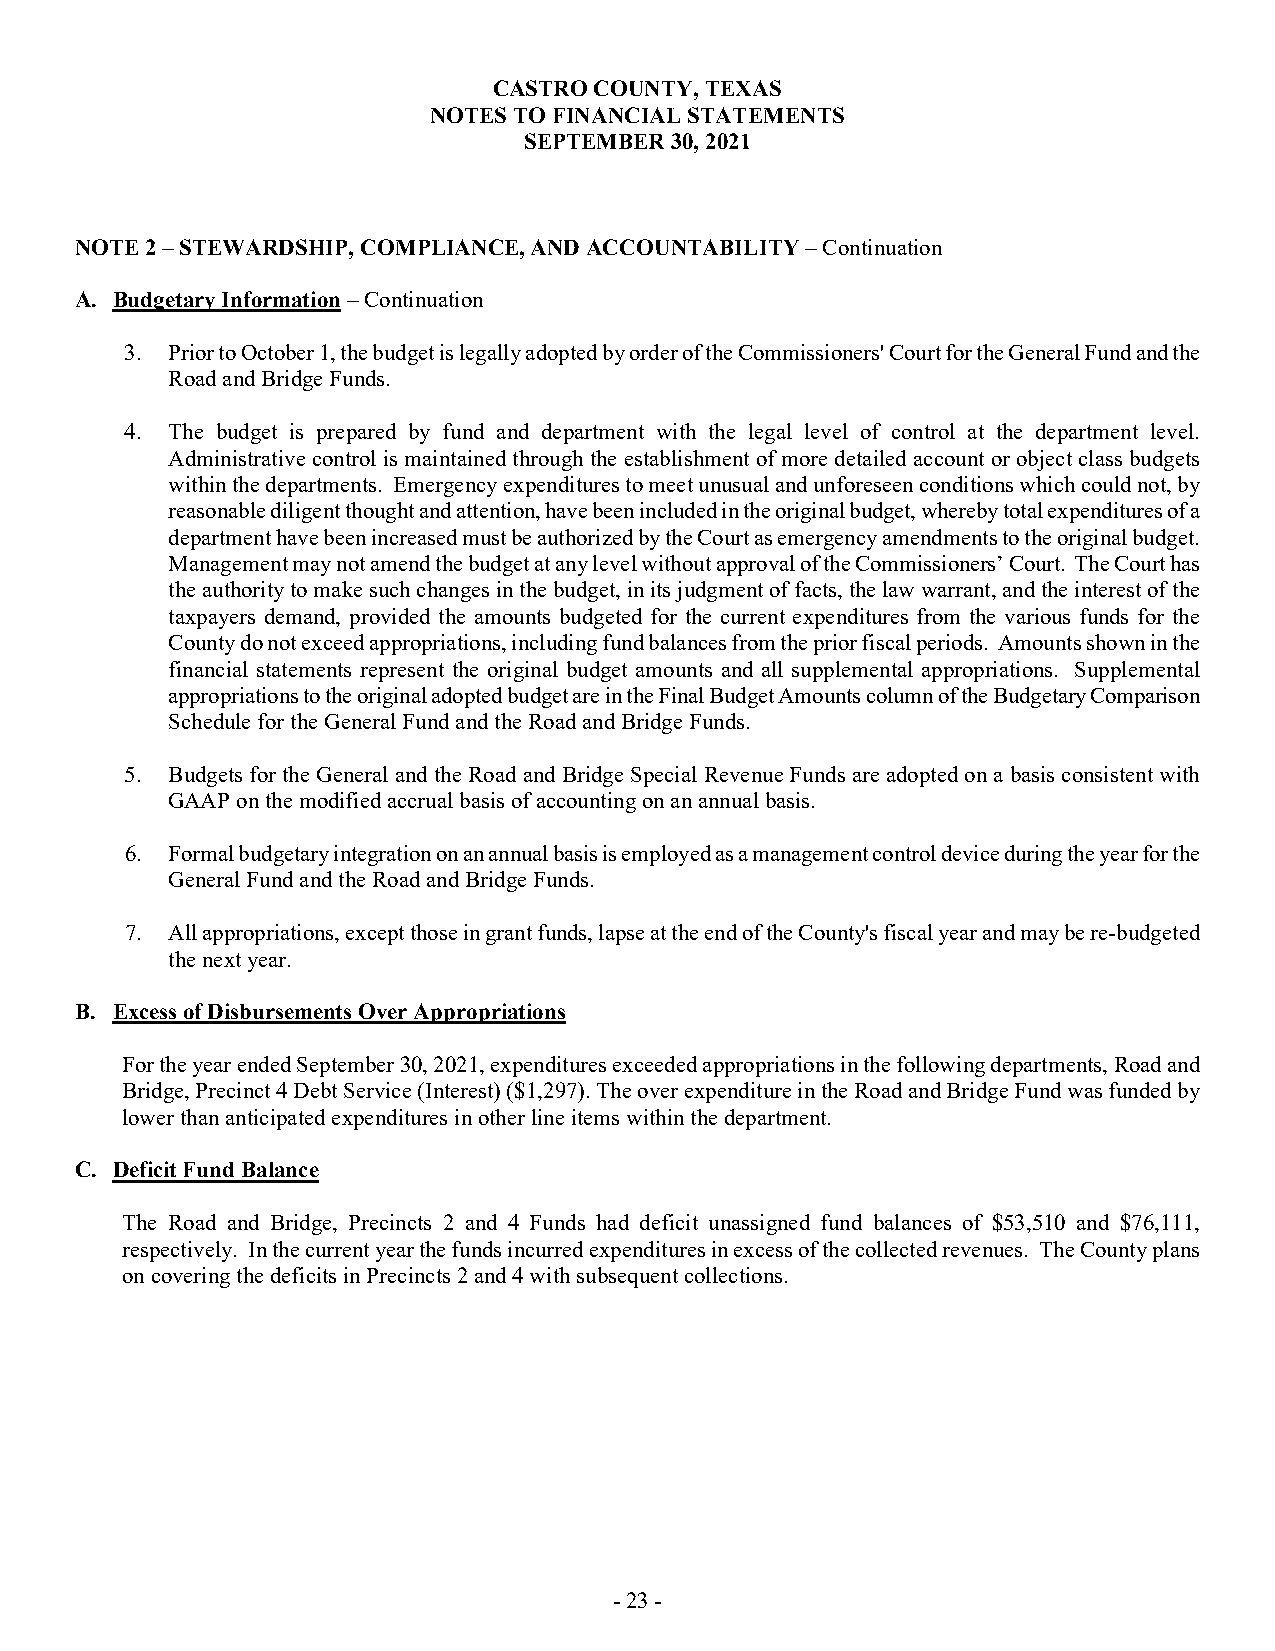
CASTRO COUNTY, TEXAS
 NOTES TO FINANCIAL STATEMENTS
 SEPTEMBER 30, 2021
 NOTE 2 – STEWARDSHIP, COMPLIANCE, AND ACCOUNTABILITY – Continuation
 A. Budgetary Information – Continuation
 3. Prior to October 1, the budget is legally adopted by order of the Commissioners' Court for the General Fund and the
 Road and Bridge Funds.
 4. The budget is prepared by fund and department with the legal level of control at the department level.
 Administrative control is maintained through the establishment of more detailed account or object class budgets
 within the departments. Emergency expenditures to meet unusual and unforeseen conditions which could not, by
 reasonable diligent thought and attention, have been included in the original budget, whereby total expenditures of a
 department have been increased must be authorized by the Court as emergency amendments to the original budget.
 Management may not amend the budget at any level without approval of the Commissioners’ Court. The Court has
 the authority to make such changes in the budget, in its judgment of facts, the law warrant, and the interest of the
 taxpayers demand, provided the amounts budgeted for the current expenditures from the various funds for the
 County do not exceed appropriations, including fund balances from the prior fiscal periods. Amounts shown in the
 financial statements represent the original budget amounts and all supplemental appropriations. Supplemental
 appropriations to the original adopted budget are in the Final Budget Amounts column of the Budgetary Comparison
 Schedule for the General Fund and the Road and Bridge Funds.
 5. Budgets for the General and the Road and Bridge Special Revenue Funds are adopted on a basis consistent with
 GAAP on the modified accrual basis of accounting on an annual basis.
 6. Formal budgetary integration on an annual basis is employed as a management control device during the year for the
 General Fund and the Road and Bridge Funds.
 7. All appropriations, except those in grant funds, lapse at the end of the County's fiscal year and may be re-budgeted
 the next year.
 B. Excess of Disbursements Over Appropriations
 For the year ended September 30, 2021, expenditures exceeded appropriations in the following departments, Road and
 Bridge, Precinct 4 Debt Service (Interest) ($1,297). The over expenditure in the Road and Bridge Fund was funded by
 lower than anticipated expenditures in other line items within the department.
 C. Deficit Fund Balance
 The Road and Bridge, Precincts 2 and 4 Funds had deficit unassigned fund balances of $53,510 and $76,111,
 respectively. In the current year the funds incurred expenditures in excess of the collected revenues. The County plans
 on covering the deficits in Precincts 2 and 4 with subsequent collections.
 - 23 -